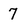
Character: 7